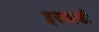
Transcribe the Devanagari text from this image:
इरावाडी